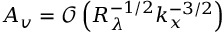
A _ { v } = \mathcal { O } \left( R _ { \lambda } ^ { - 1 / 2 } k _ { x } ^ { - 3 / 2 } \right)